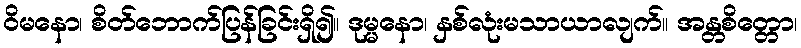
ဝိမနော၊ စိတ်ဘောက်ပြန်ခြင်းရှိ၍။ ဒုမ္မနော၊ နှစ်လုံးမသာယာလျက်။ အန္တစိတ္တော၊